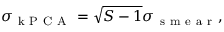
\sigma _ { \mathrm { ~ k ~ P ~ C ~ A ~ } } = \sqrt { S - 1 } \sigma _ { \mathrm { ~ s ~ m ~ e ~ a ~ r ~ } } ,